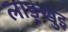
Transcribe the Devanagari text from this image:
लाङ्खुइ